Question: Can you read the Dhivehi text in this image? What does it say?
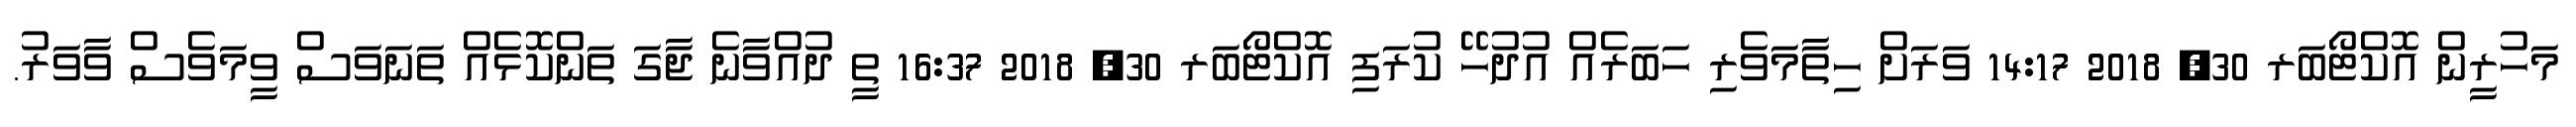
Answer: މަހުރީން އޮކްޓޯބަރ 30, 2018 14:17 ވަރަށް ހިތާމަވެރި ހަބަރެއް އުދުހޭ ކުރަފި އޮކްޓޯބަރ 30, 2018 16:37 ތީ ދުއްވާނެ ޖާގަ ތަންކޮޅެއް ތަނަވަސް ވީމަވެސް ވާވަރު.